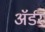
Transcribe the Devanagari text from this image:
ॲर्डर